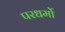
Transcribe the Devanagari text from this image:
परधर्मो